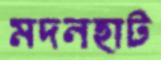
মদনহাট